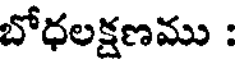
బోధలక్షణము :